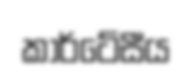
කාර්ටේසීය